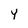
Character: Y